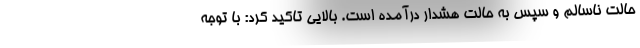
حالت ناسالم و سپس به حالت هشدار درآمده است. بالایی تاکید کرد: با توجه